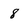
Character: 8